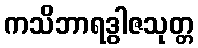
ကသိဘာရဒွါဇသုတ္တ